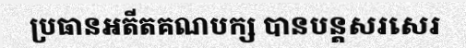
ប្រធានអតីតគណបក្ស បានបន្តសរសេរ